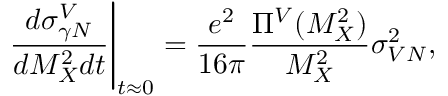
\left. \frac { d \sigma _ { \gamma N } ^ { V } } { d M _ { X } ^ { 2 } d t } \right| _ { t \approx 0 } = \frac { e ^ { 2 } } { 1 6 \pi } \frac { \Pi ^ { V } ( M _ { X } ^ { 2 } ) } { M _ { X } ^ { 2 } } \sigma _ { V N } ^ { 2 } ,